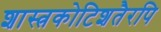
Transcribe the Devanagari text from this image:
शास्त्रकोटिशतैरपि